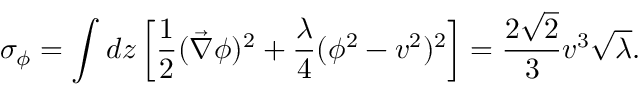
\sigma _ { \phi } = \int d z \left[ \frac { 1 } { 2 } ( \vec { \nabla } \phi ) ^ { 2 } + \frac { \lambda } { 4 } ( \phi ^ { 2 } - v ^ { 2 } ) ^ { 2 } \right] = \frac { 2 \sqrt { 2 } } { 3 } v ^ { 3 } \sqrt { \lambda } .